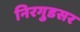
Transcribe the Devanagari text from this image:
निरगुडसर